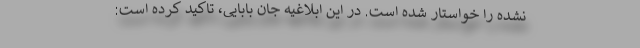
نشده را خواستار شده است. در این ابلاغیه جان بابایی، تاکید کرده است: